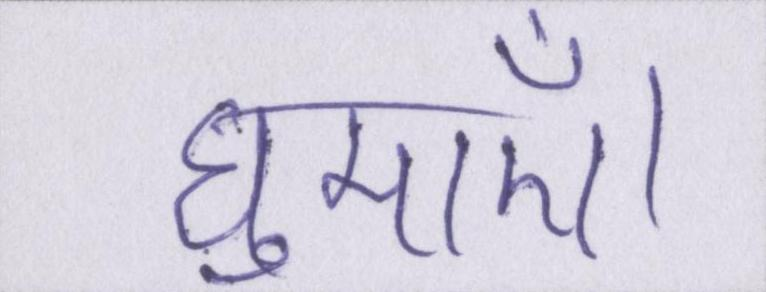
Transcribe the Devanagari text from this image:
घुमाएँ।